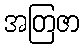
အတြဇာ